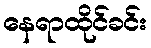
နေရာထိုင်ခင်း